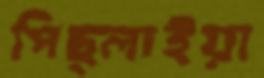
পিছ্‌লাইয়া